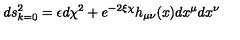
d s _ { k = 0 } ^ { 2 } = \epsilon d \chi ^ { 2 } + e ^ { - 2 \xi \chi } h _ { \mu \nu } ( x ) d x ^ { \mu } d x ^ { \nu }